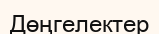
Дөңгелектер